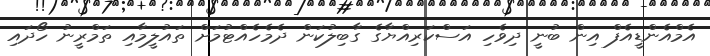
އެމްއެންޑީއެފް އިން ބުނީ ދިވެހި އަސްކަރިއްޔާގެ ގާބިލުކަން ދެމެހެއްޓުމަށް ތައުލީމާއި ތަމްރީނު ހޯދައި